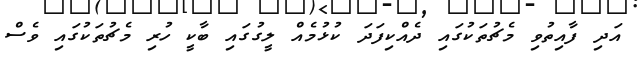
އަދި ފާއިތުވި މެޗުތަކުގައި ދެއްކިފަދަ ކުޅުމެއް ލީގުގައި ބާކީ ހުރި މެޗުތަކުގައި ވެސް